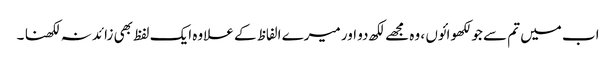
اب میں تم سے جو لکھوائوں ، وہ مجھے لکھ دو اور میرے الفاظ کے علاوہ ایک لفظ بھی زائد نہ لکھنا ۔